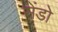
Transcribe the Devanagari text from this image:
सेंडो